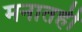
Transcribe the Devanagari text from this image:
मनातही